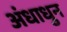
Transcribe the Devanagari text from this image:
अंधाधुन